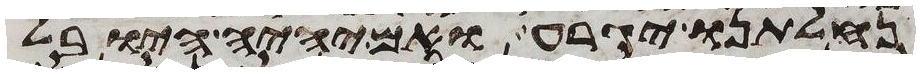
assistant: נחלתנו יגרע ואם יהיה היובל